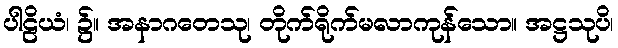
ပါဠိယံ၊ ၌။ အနာဂတေသု၊ တိုက်ရိုက်မလာကုန်သော။ အဋ္ဌသုပိ၊